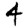
Digit: 4